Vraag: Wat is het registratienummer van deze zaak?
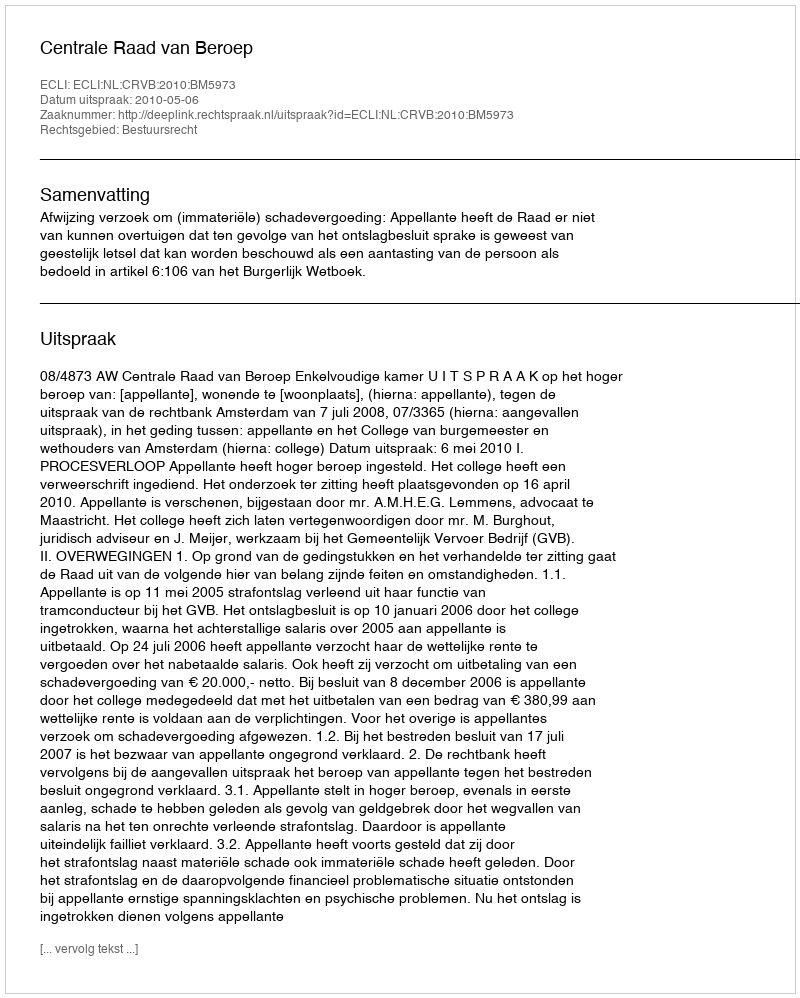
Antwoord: http://deeplink.rechtspraak.nl/uitspraak?id=ECLI:NL:CRVB:2010:BM5973